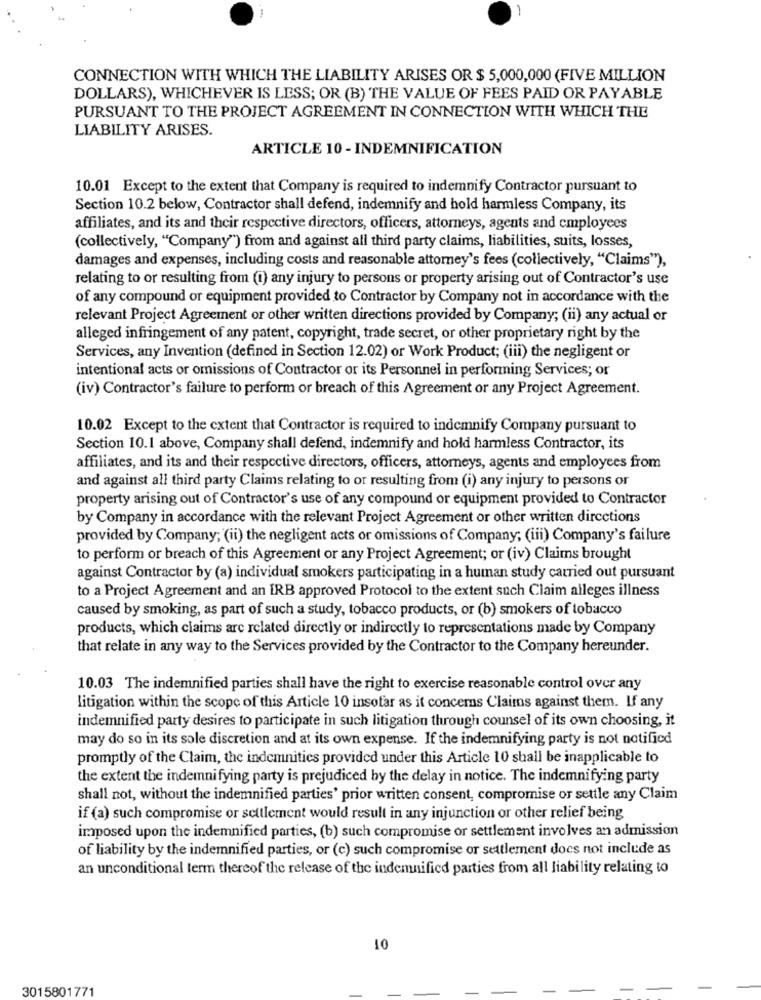
CONNECTION WITH WHICH THE LIABILITY ARISES OR $ 5,000,000 (FIVE MILLION
DOLLARS), WHICHEVER IS LESS; OR (B) THE VALUE OF FEES PAID OR PAYABLE
PURSUANT TO THE PROJECT AGREEMENT IN CONNECTION WITH WHICH THE
LIABILITY ARISES.
ARTICLE 10 - INDEMNIFICATION
10.01 Except to the extent that Company is required to indemnify Contractor pursuant to
Section 10.2 below, Contractor shall defend, indemnify and hold harmless Company, its
affiliates, and its and their respective directors, officers, attorneys, agents and employees
(collectively, "Company") from and against all third party claims, liabilities, suits, losses,
damages and expenses, including costs and reasonable attorney's fees (collectively, "Claims"),
relating to or resulting from (i) any injury to persons or property arising out of Contractor's use
of any compound or equipment provided to Contractor by Company not in accordance with the
relevant Project Agreement or other written directions provided by Company; (ii) any actual or
alleged infringement of any patent, copyright, trade secret, or other proprietary right by the
Services, any Invention (defined in Section 12.02) or Work Product; (iii) the negligent or
intentional acts or omissions of Contractor or its Personnel in performing Services; or
(iv) Contractor's failure to perform or breach of this Agreement or any Project Agreement.
10.02 Except to the extent that Contractor is required to indemnify Company pursuant to
Section 10.1 above, Company shall defend, indemnify and hold harmless Contractor, its
affiliates, and its and their respective directors, officers, attorneys, agents and employees from
and against all third party Claims relating to or resulting from (i) any injury to persons or
property arising out of Contractor's use of any compound or equipment provided to Contractor
by Company in accordance with the relevant Project Agreement or other written directions
provided by Company; (ii) the negligent acts or omissions of Company; (iii) Company's failure
to perform or breach of this Agreement or any Project Agreement; or (iv) Claims brought
against Contractor by (a) individual smokers participating in a human study carried out pursuant
to a Project Agreement and an IRB approved Protocol to the extent such Claim alleges illness
caused by smoking, as part of such a study, tobacco products, or (b) smokers of tobacco
products, which claims are related directly or indirectly to representations made by Company
that relate in any way to the Services provided by the Contractor to the Company hereunder.
10.03 The indemnified parties shall have the right to exercise reasonable control over any
litigation within the scope of this Article 10 insofar as it concerns Claims against them. If any
indemnified party desires to participate in such litigation through counsel of its own choosing, it
may do so in its sole discretion and at its own expense. If the indemnifying party is not notified
promptly of the Claim, the indemnitics provided under this Article 10 shall be inapplicable to
the extent the indemnifying party is prejudiced by the delay in notice. The indemnifying party
shall not, without the indemnified parties' prior written consent, compromise or settle any Claim
if (a) such compromise or settlement would result in any injunction or other relief being
imposed upon the indemnified parties, (b) such compromise or settlement involves an admission
of liability by the indemnified parties, or (c) such compromise or settlement does not include as
an unconditional term thereof the release of the indemnified parties from all liability relating to
10
3015801771